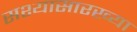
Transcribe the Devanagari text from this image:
सश्यासारख्या